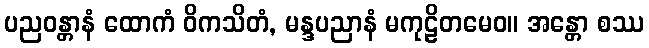
ပညဝန္တာနံ ထောကံ ဝိကသိတံ, မန္ဒပညာနံ မကုဠိတမေဝ။ အန္တော စဿ